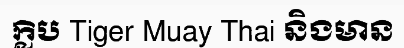
ក្លិប Tiger Muay Thai និងមាន